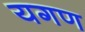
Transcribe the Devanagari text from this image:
यगण